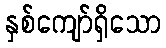
နှစ်ကျော်ရှိသော